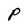
Character: P